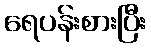
ရေပန်းစားပြီး